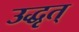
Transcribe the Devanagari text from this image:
उद्धृत्